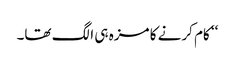
‘‘ کام کرنے کا مزہ ہی الگ تھا۔